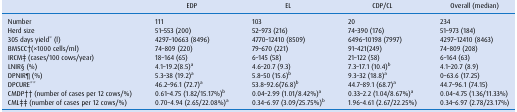
|  | EDP | EL | CDP/CL | Overall (median) |
 | --- | --- | --- | --- | --- |
 | Number | 111 | 103 | 20 | 234 |
 | Herd size | 51–553 (200) | 52–973 (216) | 74–390 (176) | 51–973 (184) |
 | 305 days yield* (l) | 4297–10663 (8496) | 4770–12410 (8509) | 6496–10198 (7997) | 4297–12410 (8463) |
 | BMSCC†(×1000 cells/ml) | 74–809 (220) | 79–670 (221) | 91–421(249) | 74–809 (208) |
 | IRCM‡ (cases/100 cows/year) | 18–164 (65) | 6–145 (58) | 21–122 (58) | 6–164 (63) |
 | LNIR§ (%) | 4.1–19.2(8.5)a | 4.6–20.7 (9.3) | 7.3–17.1 (10.4)b | 4.1–20.7 (8.9) |
 | DPNIR¶ (%) | 5.3–38 (19.2)a | 5.8–50 (15.6)b | 9.3–32 (18.8)a | 0–63.6 (17.25) |
 | DPCURE** | 46.2–96.1 (72.7)a | 53.8–92.6(76.8)b | 44.7–89.1 (68.7)a | 44.7–96.1 (74.15) |
 | CMDP†† (number of cases per 12 cows/%) | 0.61–4.75 (1.82/15.17%)b | 0.04–2.99 (1.01/8.42%)a | 0.33–2.2 (1.04/8.67%)a | 0.04–4.75 (1.36/11.33%) |
 | CML‡‡ (number of cases per 12 cows/%) | 0.70–4.94 (2.65/22.08%)a | 0.34–6.97 (3.09/25.75%)b | 1.96–4.61 (2.67/22.25%) | 0.34–6.97 (2.78/23.17%) |